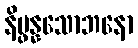
နိပ္ဖန္နသောဘနော